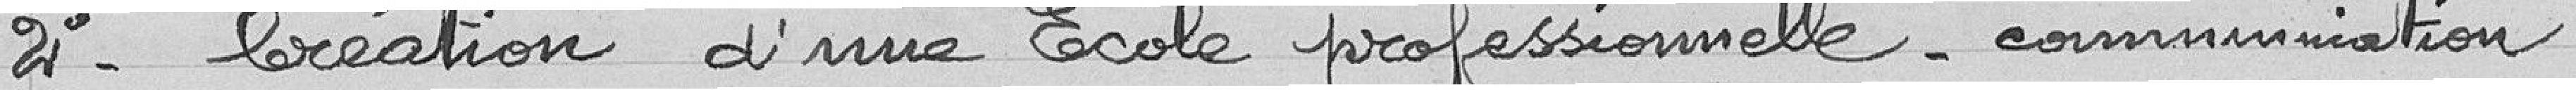
2 - Création d'une Ecole professionnelle - Communication